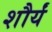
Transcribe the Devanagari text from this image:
शौर्यं